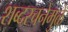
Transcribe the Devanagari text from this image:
शब्दरचनेमुळे